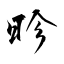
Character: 昣